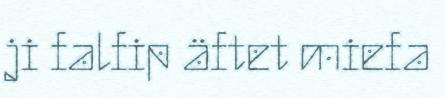
ji falfip äftet miefa